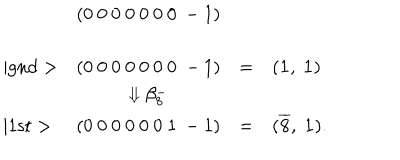
LaTeX: \begin{array} { l c c l } { { } } & { { ( 0 ~ 0 ~ 0 ~ 0 ~ 0 ~ 0 ~ 0 ~ - 1 ) } } \\ { { \mid \mathrm { g n d } > } } & { { ( 0 ~ 0 ~ 0 ~ 0 ~ 0 ~ 0 ~ 0 ~ - 1 ) } } & { { = } } & { { ( { \bf 1 } , ~ { \bf 1 } ) } } \\ { { } } & { { \Downarrow \beta _ { 8 } ^ { - } } } \\ { { \mid \mathrm { 1 s t } > } } & { { ( 0 ~ 0 ~ 0 ~ 0 ~ 0 ~ 0 ~ 1 ~ - 1 ) } } & { { = } } & { { ( { \bf \overline { { 8 } } } , ~ { \bf 1 } ) . } } \\ \end{array}